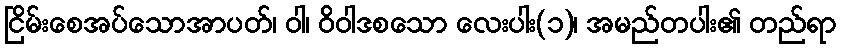
ငြိမ်းစေအပ်သောအာပတ်၊ ဝါ၊ ဝိဝါဒစသော လေးပါး(၁)၊ အမည်တပါး၏ တည်ရာ